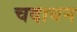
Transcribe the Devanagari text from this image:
चदायन